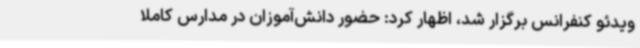
ویدئو کنفرانس برگزار شد، اظهار کرد: حضور دانش‌آموزان در مدارس کاملا